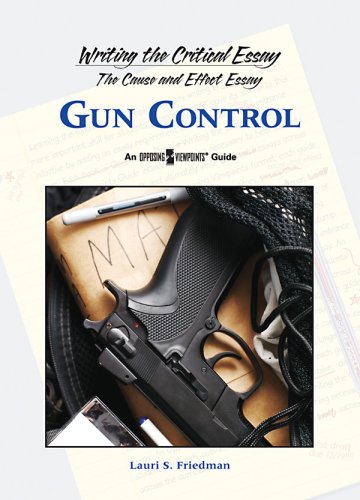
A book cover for Gun Control (Writing the Critical Essay: An Opposing Viewpoints Guide); Teen & Young Adult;